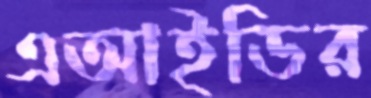
এআইডির